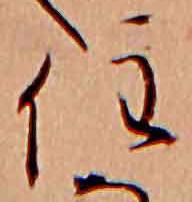
住